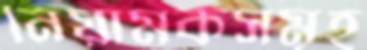
নিয়ামকসমূহ